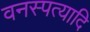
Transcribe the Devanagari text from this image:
वनस्पत्यादि